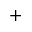
+